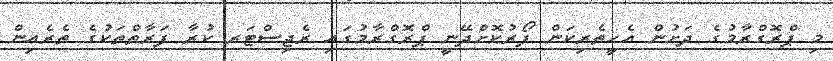
މި ޕްރޮގްރާމުގެ ދަށުން އެހީތެރިކަން ފޯރުކޮށްދޭނީ ޕްރޮގްރާމުގައި ރެޖިސްޓަރ ކުރާ ފަރާތްތަކުގެ ތެރެއިން